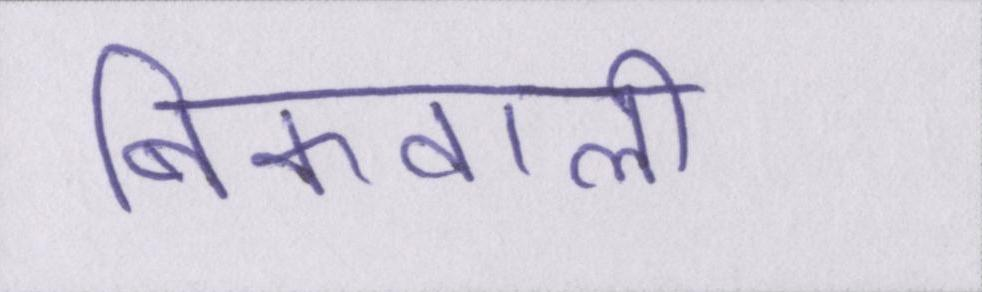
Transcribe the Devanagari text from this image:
बिकवाली